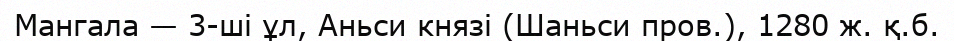
Мангала — 3-ші ұл, Аньси князі (Шаньси пров.), 1280 ж. қ.б.